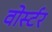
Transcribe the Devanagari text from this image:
वोर्स्टर